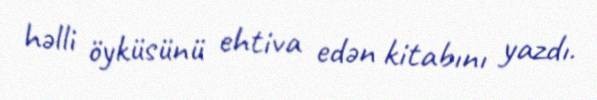
həlli öyküsünü ehtiva edən kitabını yazdı.